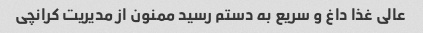
عالی غذا داغ و سریع به دستم رسید ممنون از مدیریت کرانچی